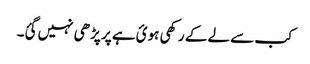
کب سے لے کے رکھی ہوئ ہے پر پڑھی نہیں گئ۔